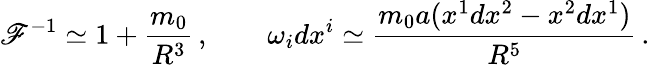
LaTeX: \mathscr{F}^{-1}\simeq1+{\frac{{m_{0}}}{{R^{3}}}}\, ,\qquad\omega_{i}dx^{i}\simeq{\frac{{m_{0}a(x^{1}dx^{2}-x^{2}dx^{1})}}{{R^{5}}}}\, .